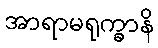
အာရာမရုက္ခာနိ